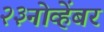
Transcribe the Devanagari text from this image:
२३नोव्हेंबर